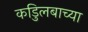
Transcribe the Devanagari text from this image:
कडुिलबाच्या